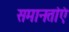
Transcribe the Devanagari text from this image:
समानतांएं